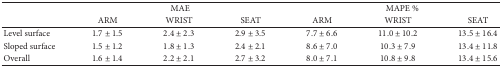
|  | <COLSPAN=3> MAE | <COLSPAN=3> MAPE % |
 |  | ARM | WRIST | SEAT | ARM | WRIST | SEAT |
 | --- | --- | --- | --- | --- | --- | --- |
 | Level surface | 1.7 ± 1.5 | 2.4 ± 2.3 | 2.9 ± 3.5 | 7.7 ± 6.6 | 11.0 ± 10.2 | 13.5 ± 16.4 |
 | Sloped surface | 1.5 ± 1.2 | 1.8 ± 1.3 | 2.4 ± 2.1 | 8.6 ± 7.0 | 10.3 ± 7.9 | 13.4 ± 11.8 |
 | Overall | 1.6 ± 1.4 | 2.2 ± 2.1 | 2.7 ± 3.2 | 8.0 ± 7.1 | 10.8 ± 9.8 | 13.4 ± 15.6 |